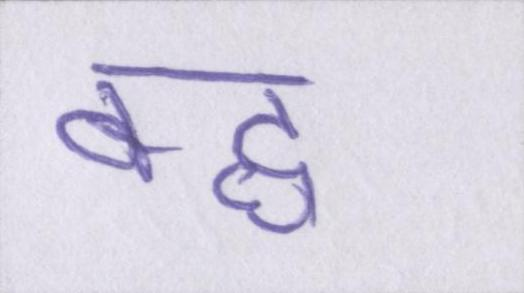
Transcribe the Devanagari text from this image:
बद्ध